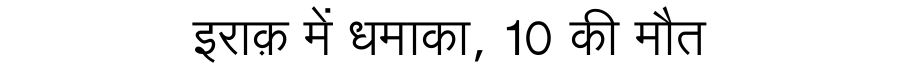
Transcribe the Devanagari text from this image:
इराक़ में धमाका, 10 की मौत